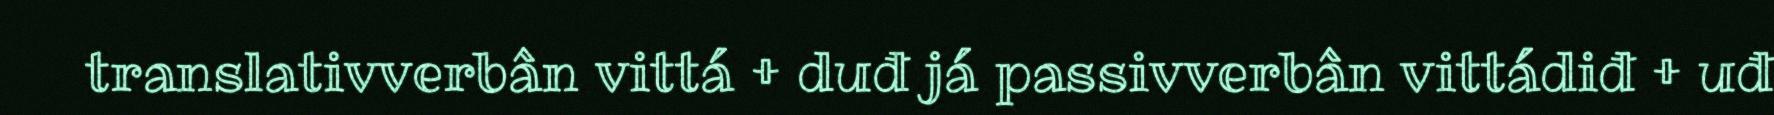
translativverbân vittá + duđ já passivverbân vittádiđ + uđ